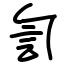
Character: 訇